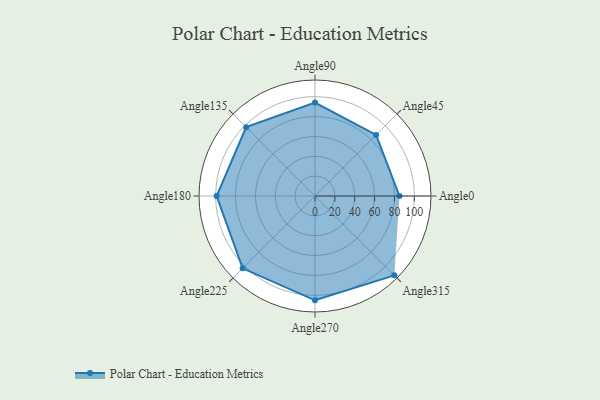
{"axis": {"x": "Angle", "y": "Radius"}, "legend": [""], "data": [{"x": "Angle0", "y": 85.0, "type": ""}, {"x": "Angle45", "y": 87.0, "type": ""}, {"x": "Angle90", "y": 94.0, "type": ""}, {"x": "Angle135", "y": 98.0, "type": ""}, {"x": "Angle180", "y": 99.0, "type": ""}, {"x": "Angle225", "y": 103.0, "type": ""}, {"x": "Angle270", "y": 105.0, "type": ""}, {"x": "Angle315", "y": 113.0, "type": ""}]}